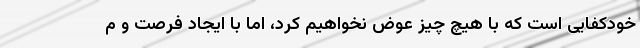
خودکفایی است که با هیچ چیز عوض نخواهیم کرد، اما با ایجاد فرصت و م